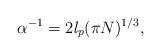
LaTeX: \begin{align*}\alpha^{-1}=2\mathit{l}_{p}(\pi N)^{1/3},\end{align*}